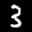
Label: 3